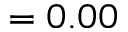
= 0 . 0 0